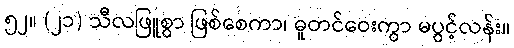
၅၂။ (၂၁) သီလဖြူစွာ ဖြစ်စေကာ၊ ဓူတင်ဝေးကွာ မပွင့်လန်း။